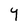
Character: Y